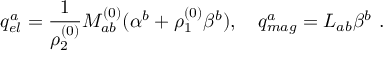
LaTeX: q _ { e l } ^ { a } = { \frac { 1 } { \rho _ { 2 } ^ { ( 0 ) } } } M _ { a b } ^ { ( 0 ) } ( \alpha ^ { b } + \rho _ { 1 } ^ { ( 0 ) } \beta ^ { b } ) , \quad q _ { m a g } ^ { a } = L _ { a b } \beta ^ { b } ~ .